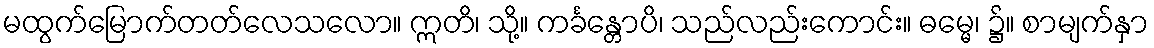
မထွက်မြောက်တတ်လေသလော။ ဣတိ၊ သို့။ ကင်္ခန္တောပိ၊ သည်လည်းကောင်း။ ဓမ္မေ၊ ၌။ စာမျက်နှာ